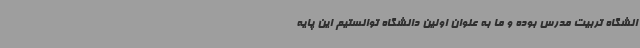
انشگاه تربیت مدرس بوده و ما به عنوان اولین دانشگاه توانستیم این پایه